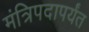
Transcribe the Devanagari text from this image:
मंत्रिपदापर्यंत